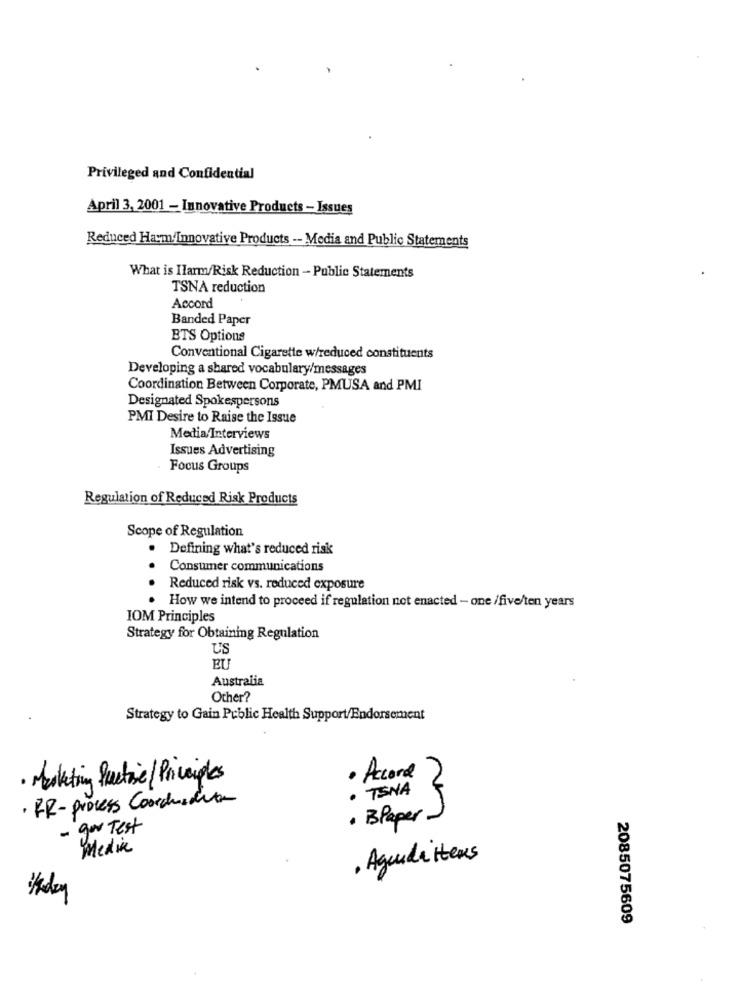
Privileged and Confidential
April 3, 2001 - Innovative Products - Issues
Reduced Ham Innovative Products -- Media and Public Statements
What is Ilarm/Risk Reduction - Public Statements
TSNA reduction
Accord
Banded Paper
BTS Options
Conventional Cigarette w/reduced constituents
Developing a shared vocabulary/messages
Coordination Between Corporate, PMUSA and PMI
Designated Spokespersons
PMI Desire to Raise the Issue
Media Interviews
Issues Advertising
Focus Groups
Regulation of Reduced Risk Products
Scope of Regulation
.
Defining what's reduced risk
Consumer communications
Reduced risk vs. reduced exposure
How we intend to proceed if regulation not enacted - one /five/ten years
IOM Principles
Strategy for Obtaining Regulation
US
EU
Australia
Other?
Strategy to Gain Public Health Support/Endorsement
· Marketing fuctie /Principles
Accord
· TENA
. FR- Process Corduadie
. Blaper -
- ger Test
Medic
Aguida Heus
2085075609